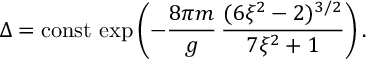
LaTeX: \Delta = \mathrm { c o n s t } \, \exp \left( - \frac { 8 \pi m } { g } \, \frac { ( 6 \xi ^ { 2 } - 2 ) ^ { 3 / 2 } } { 7 \xi ^ { 2 } + 1 } \right) .